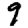
Digit: 9